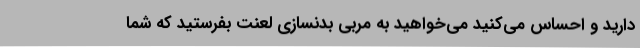
دارید و احساس می‌کنید می‌خواهید به مربی بدنسازی لعنت بفرستید که شما